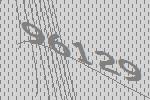
96129